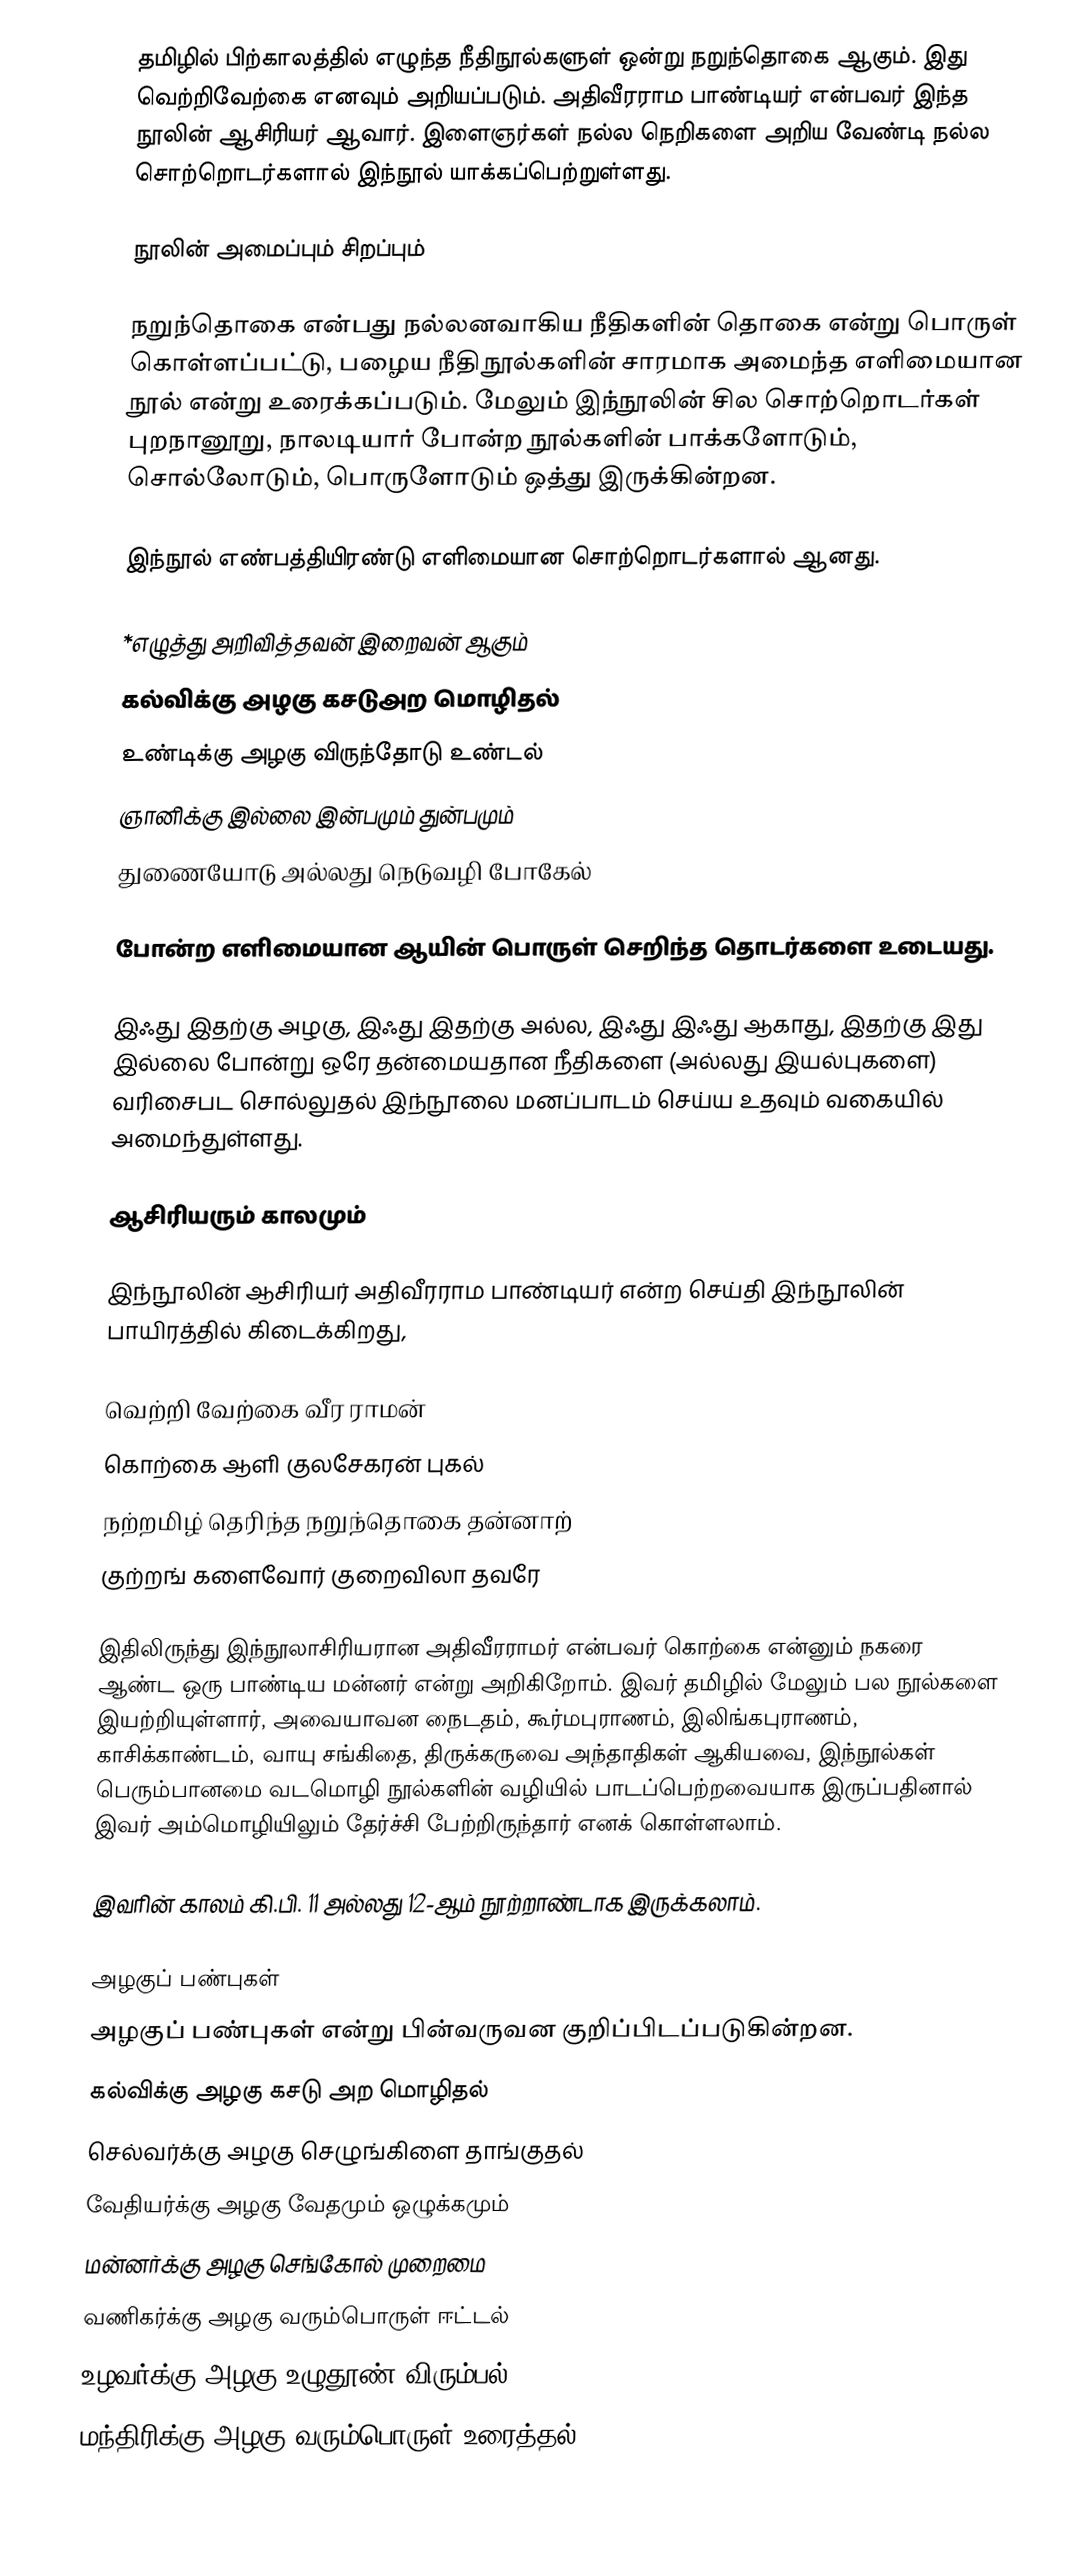
தமிழில் பிற்காலத்தில் எழுந்த நீதிநூல்களுள் ஒன்று நறுந்தொகை ஆகும். இது வெற்றிவேற்கை எனவும் அறியப்படும். அதிவீரராம பாண்டியர் என்பவர் இந்த நூலின் ஆசிரியர் ஆவார். இளைஞர்கள் நல்ல நெறிகளை அறிய வேண்டி நல்ல சொற்றொடர்களால் இந்நூல் யாக்கப்பெற்றுள்ளது.

நூலின் அமைப்பும் சிறப்பும்

நறுந்தொகை என்பது நல்லனவாகிய நீதிகளின் தொகை என்று பொருள் கொள்ளப்பட்டு, பழைய நீதிநூல்களின் சாரமாக அமைந்த எளிமையான நூல் என்று உரைக்கப்படும். மேலும் இந்நூலின் சில சொற்றொடர்கள் புறநானூறு, நாலடியார் போன்ற நூல்களின் பாக்களோடும், சொல்லோடும், பொருளோடும் ஒத்து  இருக்கின்றன.

இந்நூல் எண்பத்தியிரண்டு எளிமையான சொற்றொடர்களால் ஆனது.

*எழுத்து அறிவித்தவன் இறைவன் ஆகும்
 கல்விக்கு அழகு கசடுஅற மொழிதல்
 உண்டிக்கு அழகு விருந்தோடு உண்டல்
 ஞானிக்கு இல்லை இன்பமும் துன்பமும்
 துணையோடு அல்லது நெடுவழி போகேல்

போன்ற எளிமையான ஆயின் பொருள் செறிந்த தொடர்களை உடையது.

இஃது இதற்கு அழகு, இஃது இதற்கு அல்ல, இஃது இஃது ஆகாது, இதற்கு இது இல்லை போன்று ஒரே தன்மையதான நீதிகளை (அல்லது இயல்புகளை) வரிசைபட சொல்லுதல் இந்நூலை மனப்பாடம் செய்ய உதவும் வகையில் அமைந்துள்ளது.

ஆசிரியரும் காலமும்

இந்நூலின் ஆசிரியர் அதிவீரராம பாண்டியர் என்ற செய்தி இந்நூலின் பாயிரத்தில் கிடைக்கிறது,

வெற்றி வேற்கை வீர ராமன்
கொற்கை ஆளி குலசேகரன் புகல்
நற்றமிழ் தெரிந்த நறுந்தொகை தன்னாற்
குற்றங் களைவோர் குறைவிலா தவரே

இதிலிருந்து இந்நூலாசிரியரான அதிவீரராமர் என்பவர் கொற்கை என்னும் நகரை ஆண்ட ஒரு பாண்டிய மன்னர் என்று அறிகிறோம். இவர் தமிழில் மேலும் பல நூல்களை இயற்றியுள்ளார், அவையாவன நைடதம், கூர்மபுராணம், இலிங்கபுராணம், காசிக்காண்டம், வாயு சங்கிதை, திருக்கருவை அந்தாதிகள் ஆகியவை, இந்நூல்கள் பெரும்பானமை வடமொழி நூல்களின் வழியில் பாடப்பெற்றவையாக இருப்பதினால் இவர் அம்மொழியிலும் தேர்ச்சி பேற்றிருந்தார் எனக் கொள்ளலாம்.

இவரின் காலம் கி.பி. 11 அல்லது 12-ஆம் நூற்றாண்டாக இருக்கலாம்.

அழகுப் பண்புகள்
அழகுப் பண்புகள் என்று பின்வருவன குறிப்பிடப்படுகின்றன.
கல்விக்கு அழகு கசடு அற மொழிதல்
செல்வர்க்கு அழகு செழுங்கிளை தாங்குதல்
வேதியர்க்கு அழகு வேதமும் ஒழுக்கமும்
மன்னர்க்கு அழகு செங்கோல் முறைமை
வணிகர்க்கு அழகு வரும்பொருள் ஈட்டல்
உழவர்க்கு அழகு உழுதூண் விரும்பல்
மந்திரிக்கு அழகு வரும்பொருள் உரைத்தல்